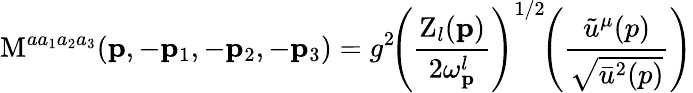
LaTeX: \mathrm{M}^{aa_{1}a_{2}a_{3}}({\mathbf p},-{\mathbf p}_{1},-{\mathbf p}_{2},-{\mathbf p}_{3})=g^{2}\! \left(\frac{\mathrm{Z}_{l}({\mathbf p})}{2\omega_{\mathbf p}^{l}}\right)^{1/2}\! \Biggl(\frac{\tilde{u}^{\mu}(p)}{\sqrt{\bar{u}^{2}(p)}}\Biggr)